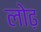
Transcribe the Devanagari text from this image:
लोढ़